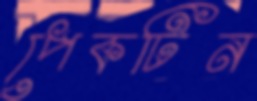
পেকটিন